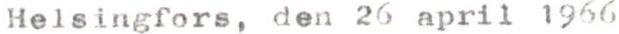
Helsingfors, den 26 april 1966